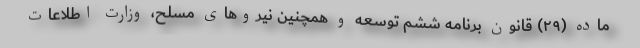
ماده (۲۹) قانون برنامه ششم توسعه و همچنین نیروهای مسلح، وزارت اطلاعات